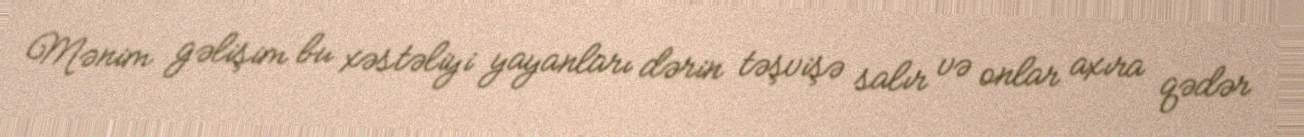
Mənim gəlişim bu xəstəliyi yayanları dərin təşvişə salır və onlar axıra qədər